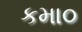
કમા૦